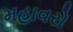
મહાવરો